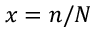
x = n / N